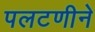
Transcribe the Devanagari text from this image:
पलटणीने